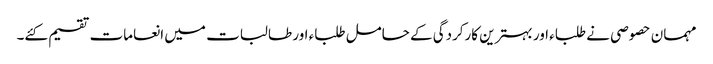
مہمان حصوصی نے طلباء اور بہترین کارکردگی کے حامل طلباء اور طالبات میں انعامات تقسیم کئے۔